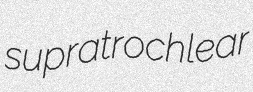
supratrochlear